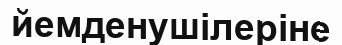
йемденушілеріне